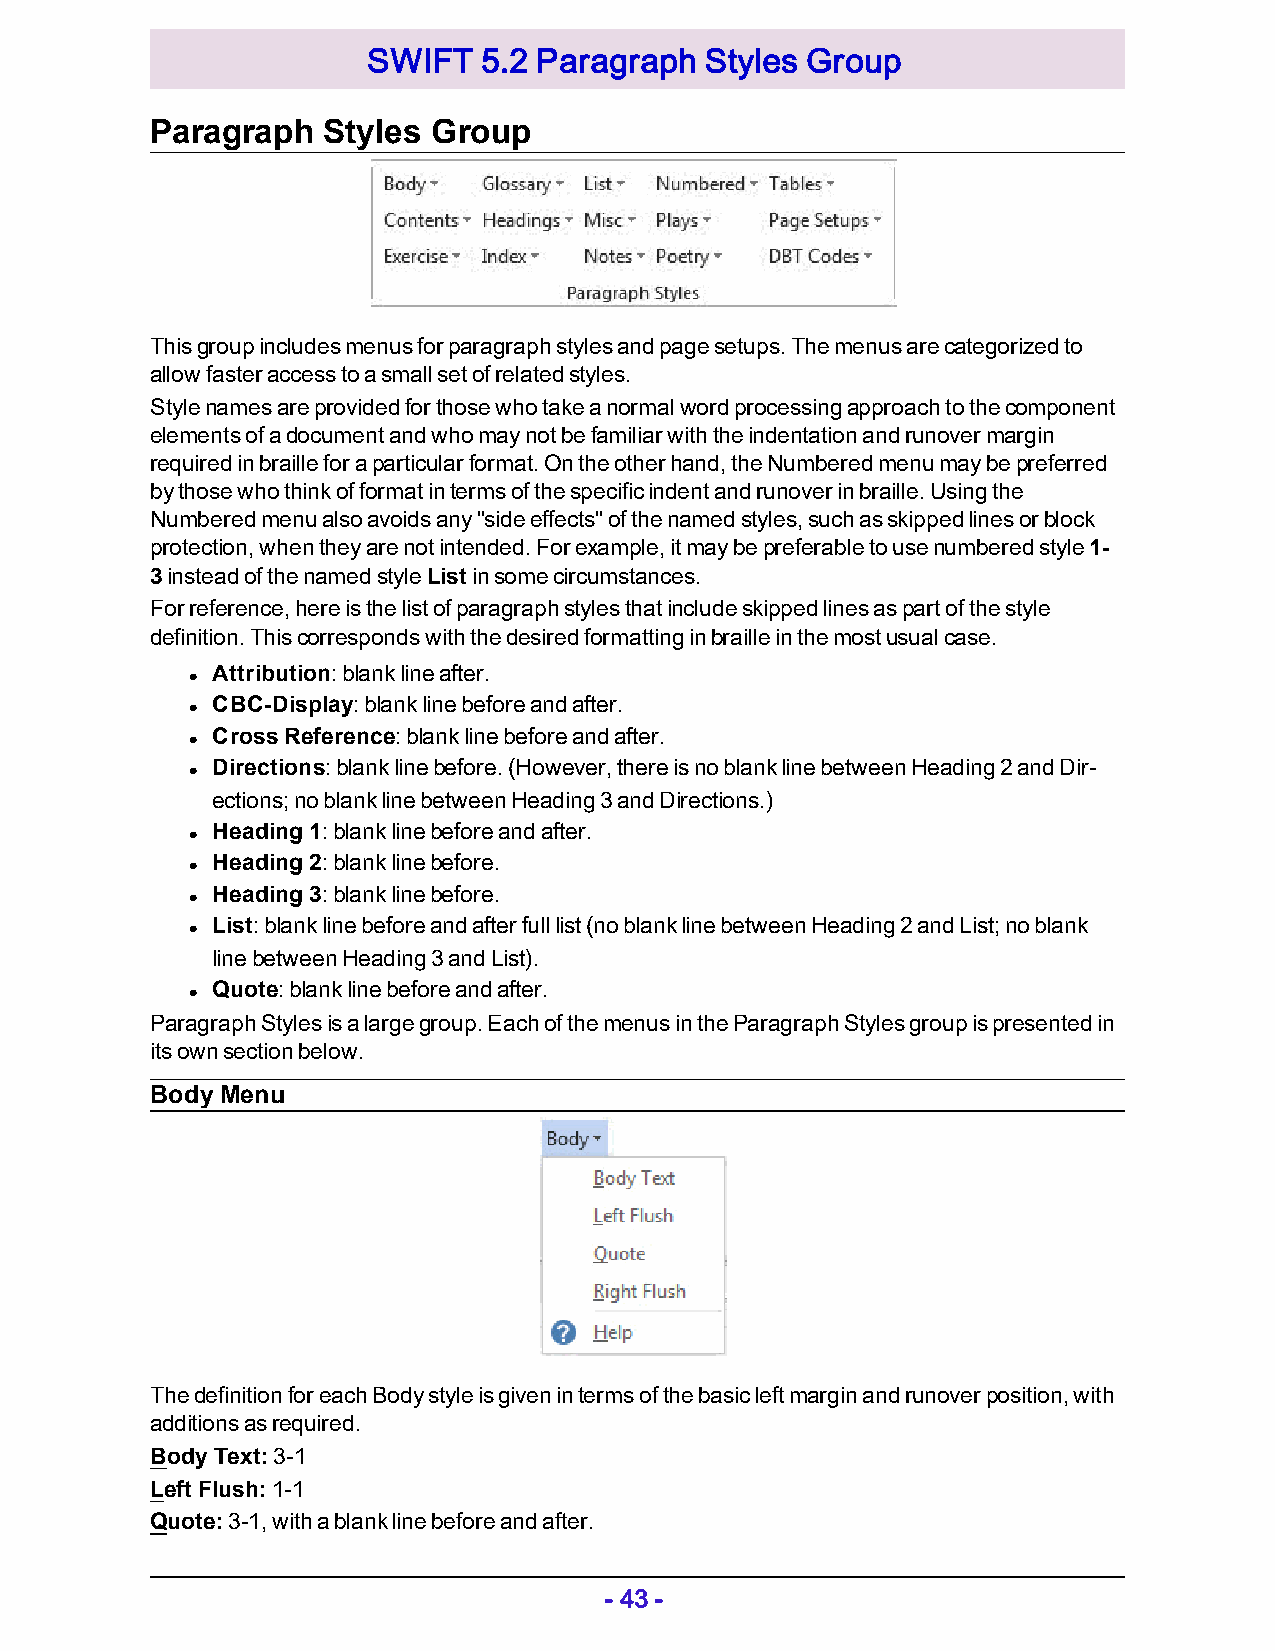
SWIFT   5.2 Paragraph  Styles Group
 Paragraph  Styles  Group
 This group includes menus for paragraph styles and page setups. The menus are categorized to
 allow faster access to a small set of related styles.
 Style names are provided for those who take a normal word processing approach to the component
 elements of a document and who may not be familiar with the indentation and runover margin
 required in braille for a particular format. On the other hand, the Numbered menu may be preferred
 by those who think of format in terms of the specific indent and runover in braille. Using the
 Numbered menu also avoids any "side effects" of the named styles, such as skipped lines or block
 protection, when they are not intended. For example, it may be preferable to use numbered style 1-
 3 instead of the named style List in some circumstances.
 For reference, here is the list of paragraph styles that include skipped lines as part of the style
 definition. This corresponds with the desired formatting in braille in the most usual case.
 Attribution: blank line after.
 l
 CBC-Display: blank line before and after.
 l
 Cross Reference: blank line before and after.
 l
 Directions: blank line before. (However, there is no blank line between Heading 2 and Dir-
 l
 ections; no blank line between Heading 3 and Directions.)
 Heading 1: blank line before and after.
 l
 Heading 2: blank line before.
 l
 Heading 3: blank line before.
 l
 List: blank line before and after full list (no blank line between Heading 2 and List; no blank
 l
 line between Heading 3 and List).
 Quote: blank line before and after.
 l
 Paragraph Styles is a large group. Each of the menus in the Paragraph Styles group is presented in
 its own section below.
 Body Menu
 The definition for each Body style is given in terms of the basic left margin and runover position, with
 additions as required.
 Body Text: 3-1
 Left Flush: 1-1
 Quote: 3-1, with a blank line before and after.
 - 43 -